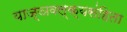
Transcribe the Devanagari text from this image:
याज्ञवल्क्यसंहिता